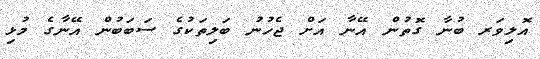
އޮލިވަރ ބުނާ ގޮތުން އޭނާ އަށް ޖެހުނު ބަލިތަކުގެ ސަބަބުން އޭނާގެ މުޅި